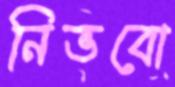
নিভবো